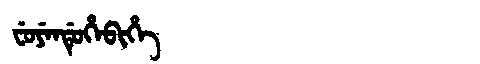
Manchu: ᠸᡠᠶᡝᠨᡩᡠᡥᡝᠪᡳᡥᡝ
Romanization: FUYENDUHEBIHE